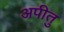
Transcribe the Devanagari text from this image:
अपीतु